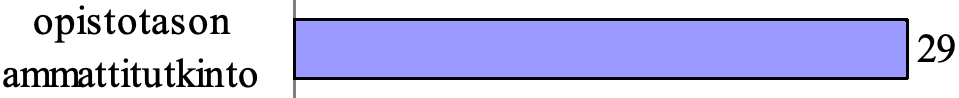
opistotason 29 ammattitutkinto